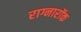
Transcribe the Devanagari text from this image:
राग्नारॉक